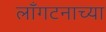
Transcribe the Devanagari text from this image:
लाँगटनाच्या